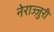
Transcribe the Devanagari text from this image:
नेराज्ज़ुरी